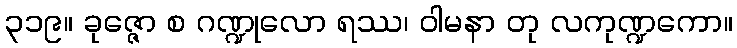
၃၁၉။ ခုဇ္ဇော စ ဂဏ္ဍုလော ရဿ၊ ဝါမနာ တု လကုဏ္ဍကော။